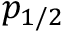
p _ { 1 / 2 }